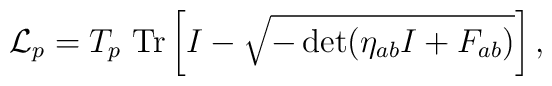
{\cal L}_p = T_p ~{\rm Tr} \left[ I - \sqrt{-\det(\eta_{ab}I +F_{ab})} \right],